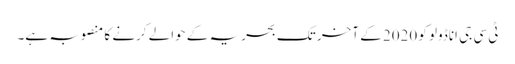
ٹی سی جی اناڈولو کو 2020 کے آخر تک بحریہ کے حوالے کرنے کا منصوبہ ہے۔